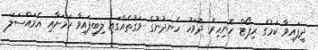
ދީފައިވާ ކަމުގެ ރިޕޯޓް ހޮނިހިރު ދުވަހު ހެނދުނުގެ ވަގުތެއްގައި ލިބިފައިވާ ކަަމަށާއި އެމައްސަލަ